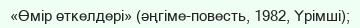
«Өмір өткелдері» (әңгіме-повесть, 1982, Үрімші);